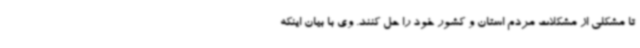
تا مشکلی از مشکلات مردم استان و کشور خود را حل کنند. وی با بیان اینکه